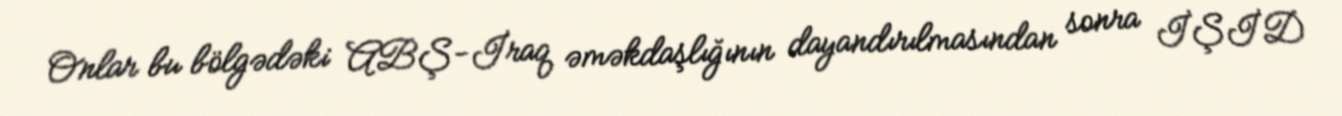
Onlar bu bölgədəki ABŞ-İraq əməkdaşlığının dayandırılmasından sonra İŞİD